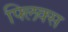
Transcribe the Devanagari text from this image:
फ्लिक्स